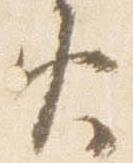
火